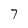
Character: 7